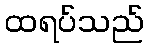
ထရပ်သည်